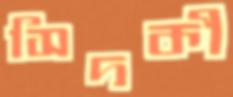
সিদকী